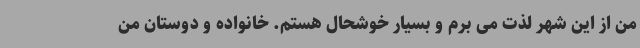
من از این شهر لذت می برم و بسیار خوشحال هستم. خانواده و دوستان من